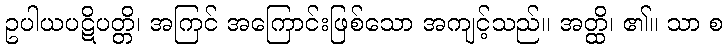
ဥပါယပဋိပတ္တိ၊ အကြင် အကြောင်းဖြစ်သော အကျင့်သည်။ အတ္ထိ၊ ၏။ သာ စ